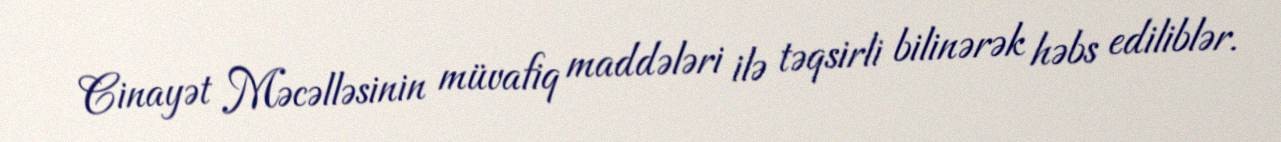
Cinayət Məcəlləsinin müvafiq maddələri ilə təqsirli bilinərək həbs ediliblər.